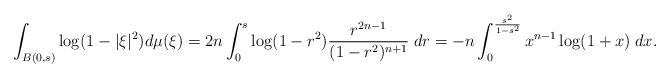
\begin{align*} \int_{B(0,s)}\log (1-|\xi|^2) d\mu(\xi)=2n\int_0^{s}\log(1-r^2) \frac{r^{2n-1}}{(1-r^2)^{n+1}}\; dr=-n\int_0^{\frac{s^2}{1-s^2}} x^{n-1} \log(1+x)\; dx.\end{align*}